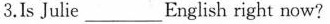
3.Is Julie___English right now?